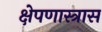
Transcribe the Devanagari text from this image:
क्षेपणास्त्रास